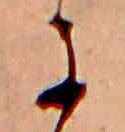
に